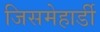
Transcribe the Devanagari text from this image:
जिसमेहार्डी